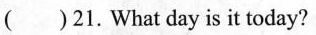
()21.What day is it today?